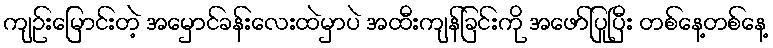
ကျဉ်းမြောင်းတဲ့ အမှောင်ခန်းလေးထဲမှာပဲ အထီးကျန်ခြင်းကို အဖော်ပြုပြီး တစ်နေ့တစ်နေ့